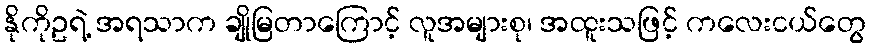
နိုကိုဥရဲ့ အရသာက ချိုမြတာကြောင့် လူအများစု၊ အထူးသဖြင့် ကလေးငယ်တွေ